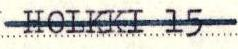
HOLKKI 15